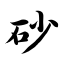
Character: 砂